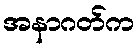
အနာဂတ်က